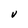
Character: V